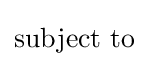
{\text{subject to }}\